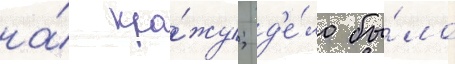
на́ кра́жу; д'е́ло бы́ло